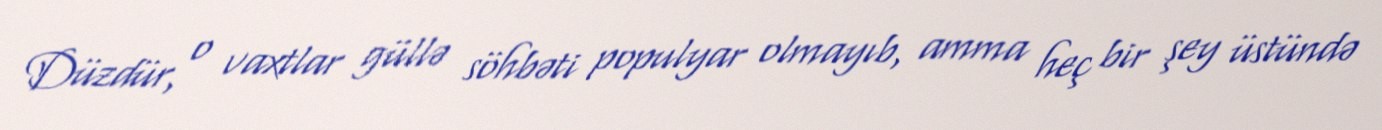
Düzdür, o vaxtlar güllə söhbəti populyar olmayıb, amma heç bir şey üstündə